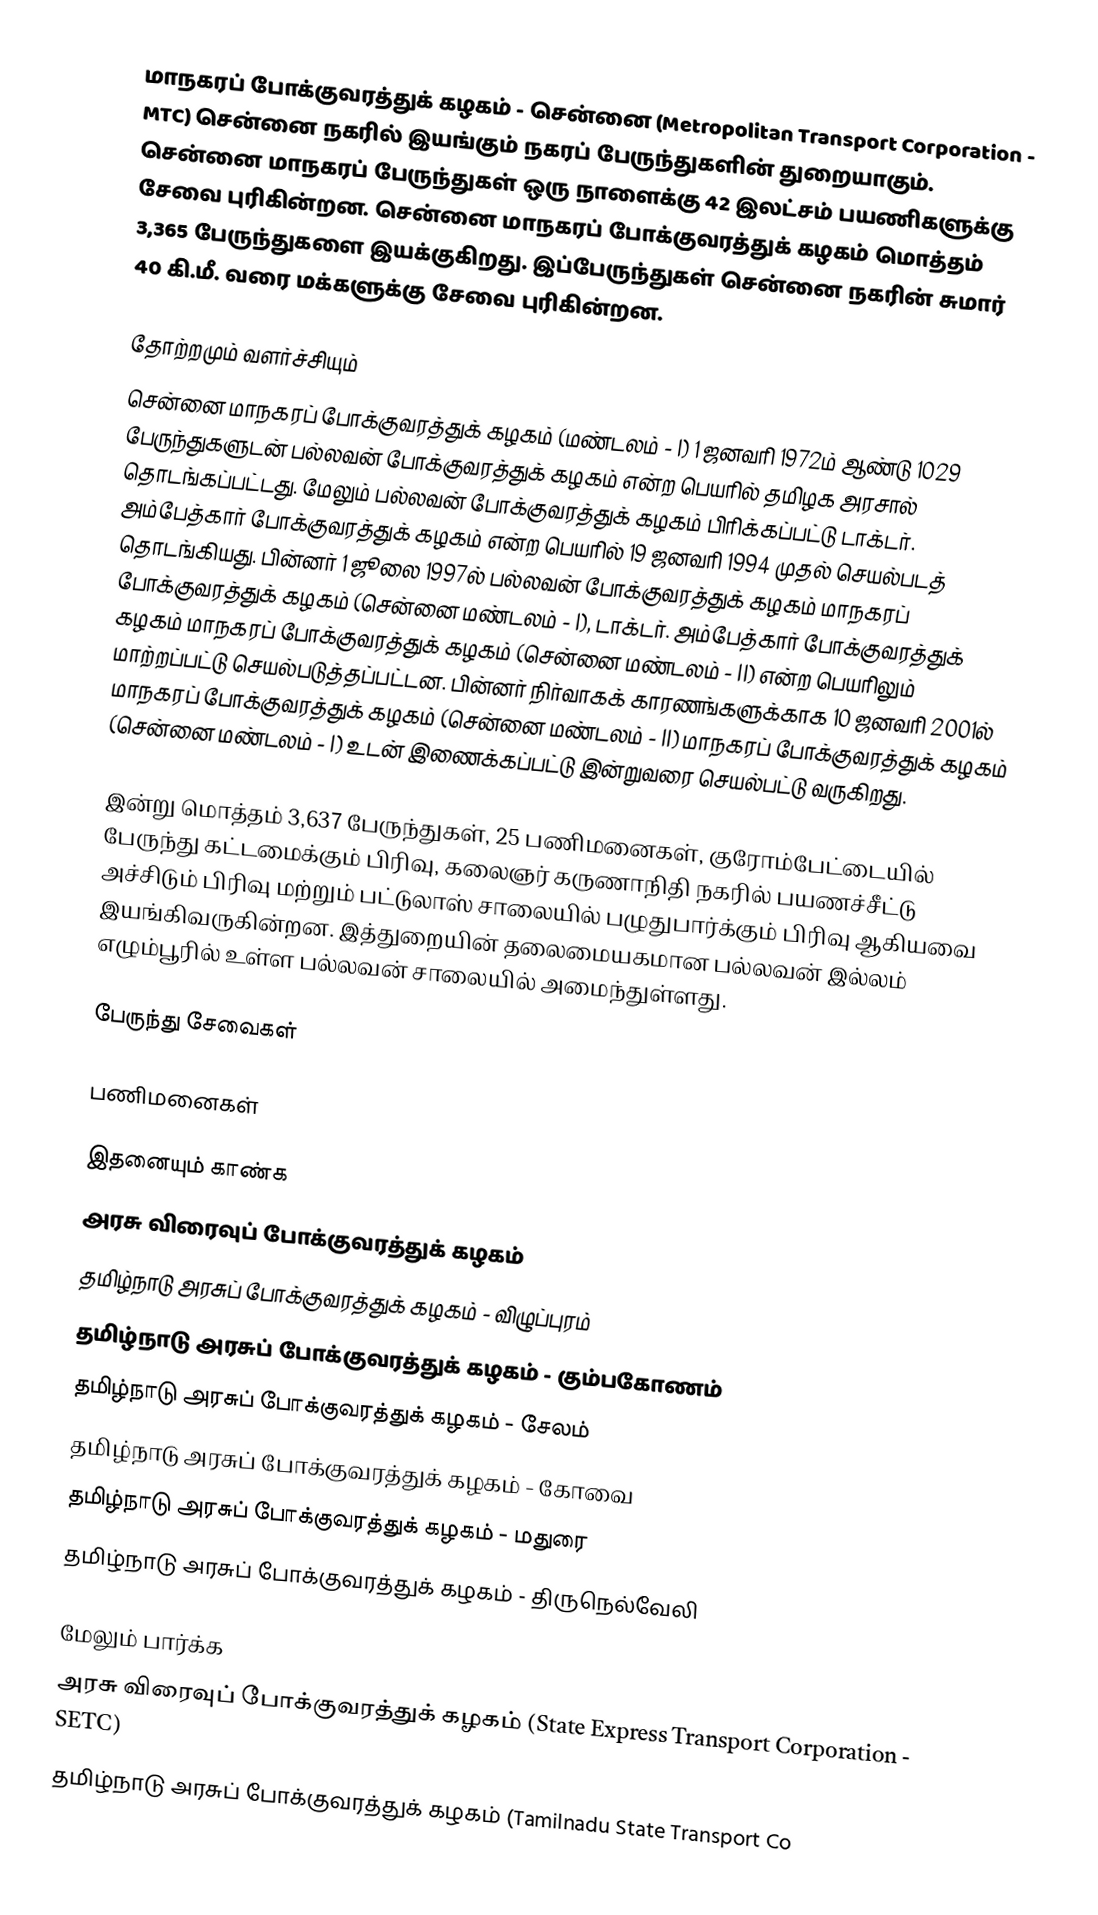
மாநகரப் போக்குவரத்துக் கழகம் - சென்னை (Metropolitan Transport Corporation - MTC) சென்னை நகரில் இயங்கும் நகரப் பேருந்துகளின் துறையாகும். சென்னை மாநகரப் பேருந்துகள் ஒரு நாளைக்கு 42 இலட்சம் பயணிகளுக்கு சேவை புரிகின்றன. சென்னை மாநகரப் போக்குவரத்துக் கழகம் மொத்தம் 3,365 பேருந்துகளை இயக்குகிறது. இப்பேருந்துகள் சென்னை நகரின் சுமார் 40 கி.மீ. வரை மக்களுக்கு சேவை புரிகின்றன.

தோற்றமும் வளர்ச்சியும்
சென்னை மாநகரப் போக்குவரத்துக் கழகம் (மண்டலம் - I) 1 ஜனவரி 1972ம் ஆண்டு 1029 பேருந்துகளுடன் பல்லவன் போக்குவரத்துக் கழகம் என்ற பெயரில் தமிழக அரசால் தொடங்கப்பட்டது. மேலும் பல்லவன் போக்குவரத்துக் கழகம் பிரிக்கப்பட்டு டாக்டர். அம்பேத்கார் போக்குவரத்துக் கழகம் என்ற பெயரில் 19 ஜனவரி 1994 முதல் செயல்படத் தொடங்கியது. பின்னர் 1 ஜூலை 1997ல் பல்லவன் போக்குவரத்துக் கழகம் மாநகரப் போக்குவரத்துக் கழகம் (சென்னை மண்டலம் - I), டாக்டர். அம்பேத்கார் போக்குவரத்துக் கழகம் மாநகரப் போக்குவரத்துக் கழகம் (சென்னை மண்டலம் - II) என்ற பெயரிலும் மாற்றப்பட்டு செயல்படுத்தப்பட்டன. பின்னர் நிர்வாகக் காரணங்களுக்காக 10 ஜனவரி 2001ல் மாநகரப் போக்குவரத்துக் கழகம் (சென்னை மண்டலம் - II) மாநகரப் போக்குவரத்துக் கழகம் (சென்னை மண்டலம் - I) உடன் இணைக்கப்பட்டு இன்றுவரை செயல்பட்டு வருகிறது.

இன்று மொத்தம் 3,637 பேருந்துகள், 25 பணிமனைகள், குரோம்பேட்டையில் பேருந்து கட்டமைக்கும் பிரிவு, கலைஞர் கருணாநிதி நகரில் பயணச்சீட்டு அச்சிடும் பிரிவு மற்றும் பட்டுலாஸ் சாலையில் பழுதுபார்க்கும் பிரிவு ஆகியவை இயங்கிவருகின்றன. இத்துறையின் தலைமையகமான பல்லவன் இல்லம் எழும்பூரில் உள்ள பல்லவன் சாலையில் அமைந்துள்ளது.

பேருந்து சேவைகள்

பணிமனைகள்

இதனையும் காண்க
 அரசு விரைவுப் போக்குவரத்துக் கழகம்
 தமிழ்நாடு அரசுப் போக்குவரத்துக் கழகம் - விழுப்புரம்
 தமிழ்நாடு அரசுப் போக்குவரத்துக் கழகம் - கும்பகோணம்
 தமிழ்நாடு அரசுப் போக்குவரத்துக் கழகம் - சேலம்
 தமிழ்நாடு அரசுப் போக்குவரத்துக் கழகம் - கோவை
 தமிழ்நாடு அரசுப் போக்குவரத்துக் கழகம் - மதுரை
 தமிழ்நாடு அரசுப் போக்குவரத்துக் கழகம் - திருநெல்வேலி

மேலும் பார்க்க
 அரசு விரைவுப் போக்குவரத்துக் கழகம் (State Express Transport Corporation - SETC)
 தமிழ்நாடு அரசுப் போக்குவரத்துக் கழகம் (Tamilnadu State Transport Co